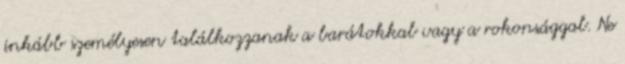
inkább személyesen találkozzanak a barátokkal vagy a rokonsággal. Ne